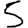
Digit: 5